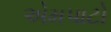
એમપાટો